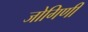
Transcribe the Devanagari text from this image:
जोगिणी